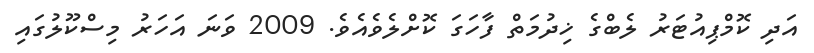
އަދި ކޮމްޕިއުޓަރު ލެބްގެ ޚިދުމަތް ފާހަގަ ކޮށްލެވެއެވެ. 2009 ވަނަ އަހަރު މިސްކޫލުގައި